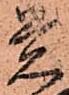
覚